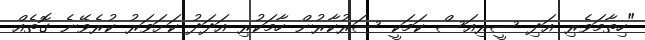
"ހިތާމަވެރި އަދި ސީރިއަސް ކަމަކީ ސަރުކާރުން ހާމަކުރި އަދަދު ކަށަވަރު ކުރެވޭނެ ގޮތެއް